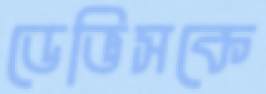
ডেভিসকে